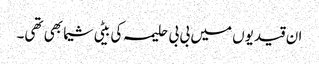
ان قیدیوں میں بی بی حلیمہ کی بیٹی شیما بھی تھی۔